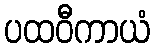
ပထဝီကာယံ